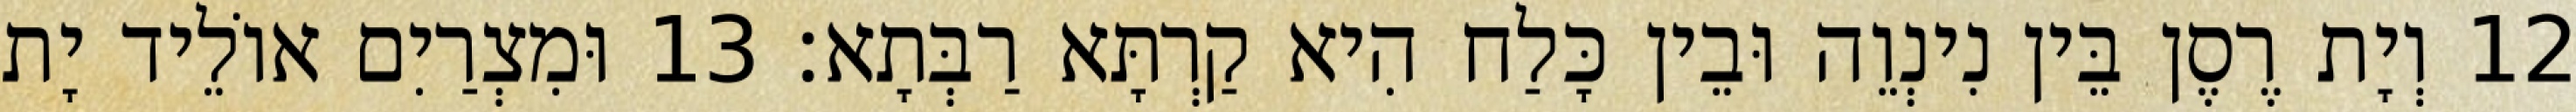
12 וְיָת רֶסֶן בֵּין נִינְוֵה וּבֵין כָּלַח הִיא קַרְתָּא רַבְּתָא׃ 13 וּמִצְרַיִם אוֹלֵיד יָת